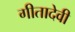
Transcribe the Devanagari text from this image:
गीतादेवी